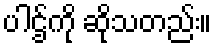
ပါဌ်ကို ဆိုသတည်း။